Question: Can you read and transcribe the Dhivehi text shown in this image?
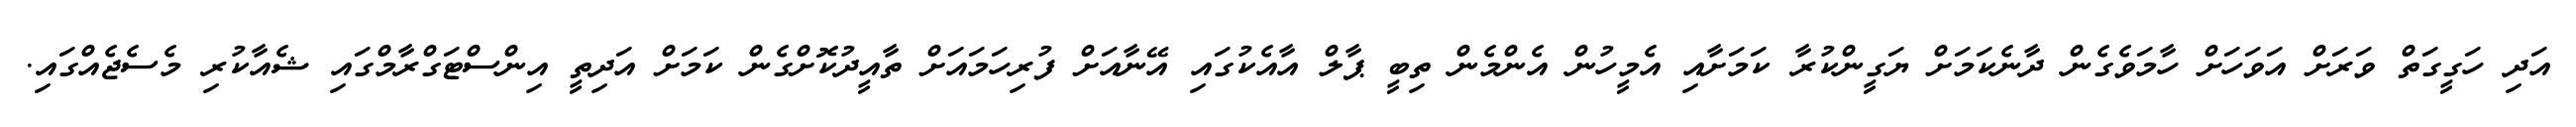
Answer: އަދި ހަގީގަތް ވަރަށް އަވަހަށް ހާމަވެގެން ދާނެކަމަށް ޔަގީންކުރާ ކަމަށާއި އެމީހުން އެންމެން ތިބީ ޕާލް އާއެކުގައި އޭނާއަށް ފުރިހަމައަށް ތާއީދުކޮށްގެން ކަމަށް އަދިތީ އިންސްޓަގްރާމްގައި ޝެއާކުރި މެސެޖެއްގައި.